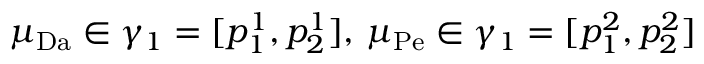
\mu _ { \mathrm { D a } } \in \gamma _ { 1 } = [ p _ { 1 } ^ { 1 } , p _ { 2 } ^ { 1 } ] , \, \mu _ { \mathrm { P e } } \in \gamma _ { 1 } = [ p _ { 1 } ^ { 2 } , p _ { 2 } ^ { 2 } ]